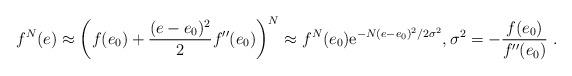
LaTeX: \begin{align*}f^N(e)\approx \left (f(e_0)+\frac{(e-e_0)^2}{2}f^{\prime \prime}(e_0)\right )^N\approx f^N(e_0) \mathrm{e}^{-N(e-e_0)^2/2 \sigma^2},\sigma^2=-\frac{f(e_0)}{f^{\prime \prime}(e_0)}\ . \end{align*}